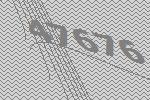
47676